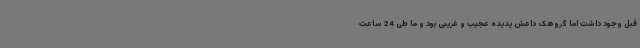
قبل وجود داشت اما گروهک داعش پدیده عجیب و غریبی بود و ما طی 24 ساعت